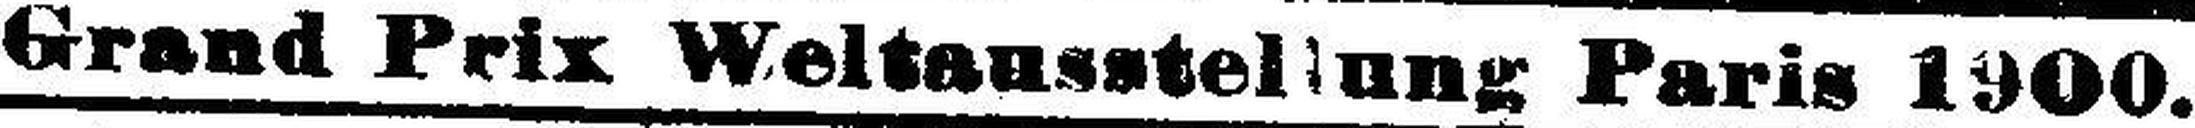
Grand Prix Weltausstellung Paris 1900.